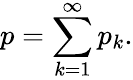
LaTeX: p=\sum_{k=1}^{\infty}{p_{k}}.